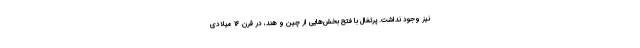
نیز وجود نداشت. پرتغال با فتح بخش‌هایی از چین و هند، در قرن ۱۶ میلادی